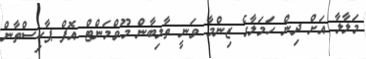
މަލާލާ އަށް ދިން ހަމަލާގެ ޒިންމާ ވަނީ ތާލިބާން މޫވްމަންޓް އޮފް ޕާކިސްތާން